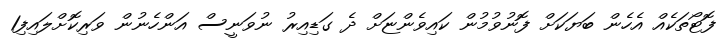
ފޮޓޯތަކެއް އެހެން ބަޔަކަށް ފޮނުވުމުން ކައިވެންޏަށް ދެ ގަޑިއިރު ނުވަނީސް އަންހެނުން ވަރިކޮށްލައިފި1